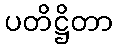
ပတိဋ္ဌိတာ